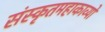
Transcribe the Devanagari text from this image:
संस्कृतमहाकाव्यों